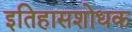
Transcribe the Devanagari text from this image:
इतिहासशोधक